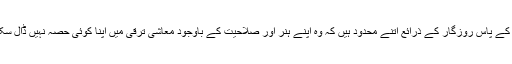
اس کے پاس روزگار کے ذرائع اتنے محدود ہیں کہ وہ اپنے ہنر اور صلاحیت کے باوجود معاشی ترقی میں اپنا کوئی حصہ نہیں ڈال سکتی۔